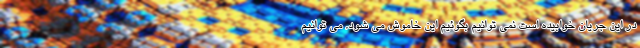
در این جریان خوابیده است نمی توانیم بگوئیم این خاموش می شود, می توانیم